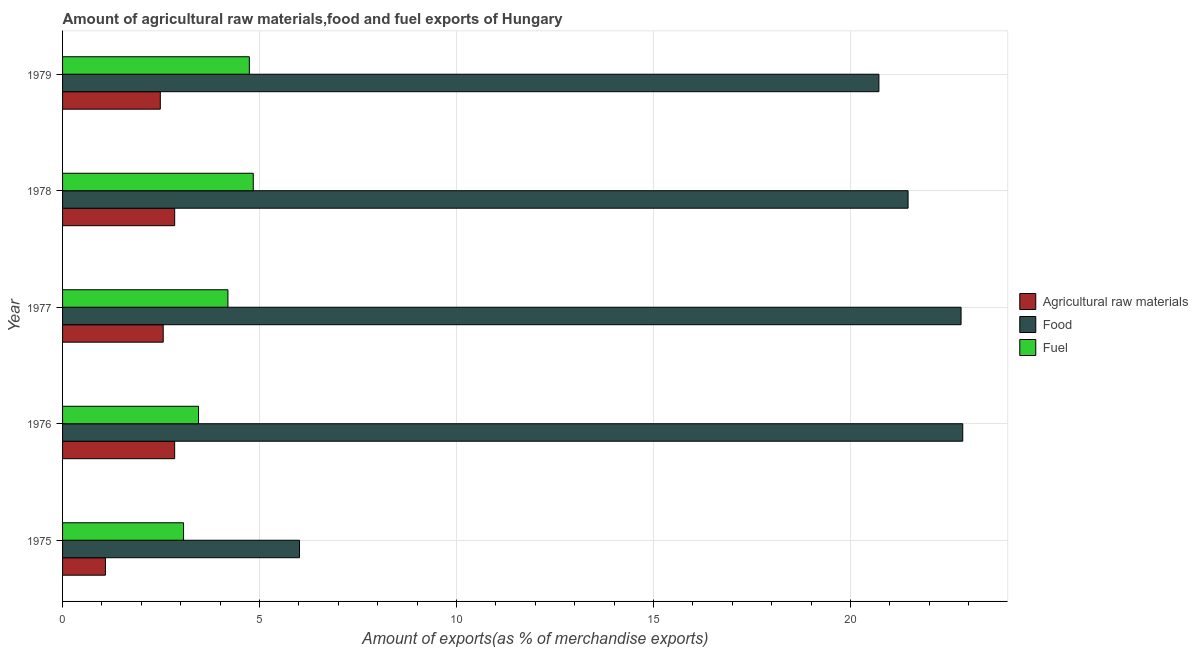
| Year | Agricultural raw materials | Food | Fuel |
 | --- | --- | --- | --- |
 | 1975 | 1.09 | 6.01 | 3.07 |
 | 1976 | 2.85 | 22.8 | 3.45 |
 | 1977 | 2.55 | 22.8 | 4.2 |
 | 1978 | 2.85 | 21.5 | 4.84 |
 | 1979 | 2.48 | 20.7 | 4.74 |